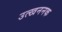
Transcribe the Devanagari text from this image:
उत्खननक